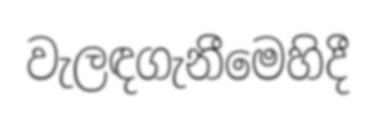
වැලඳගැනීමෙහිදී